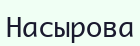
Насырова